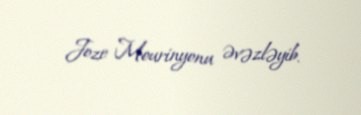
Joze Mourinyonu əvəzləyib.